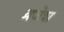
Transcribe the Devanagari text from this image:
व्रजेश